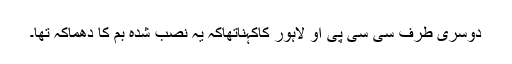
دوسری طرف سی سی پی او لاہور کاکہناتھاکہ یہ نصب شدہ بم کا دھماکہ تھا۔